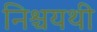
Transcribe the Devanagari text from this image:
निश्चयथी